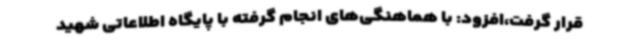
قرار گرفت،افزود: با هماهنگی‌های انجام گرفته با پایگاه اطلاعاتی شهید